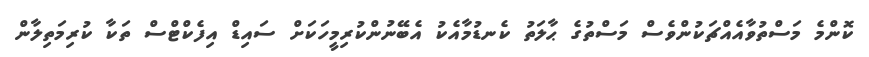
ކޮންމެ މަސްތުވާއެއްޗަކުންވެސް މަސްތުގެ ޙާލަތު ކެނޑުމާއެކު އެބޭނުންކުރިމީހަކަށް ސައިޑް އިފެކްޓްސް ތަކާ ކުރިމަތިލާން